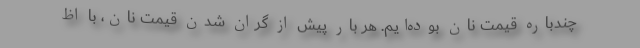
چندباره قیمت نان بوده‌ایم. هر بار پیش از گران شدن قیمت نان، با اظ